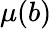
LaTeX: \mu(b)